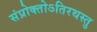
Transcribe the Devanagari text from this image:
संप्रोक्तोऽतिरथस्तु